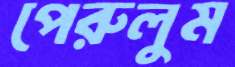
পেরুলুম